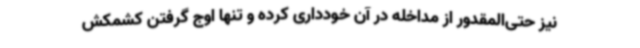
نیز حتی‌المقدور از مداخله در آن خودداری کرده و تنها اوج گرفتن کشمکش